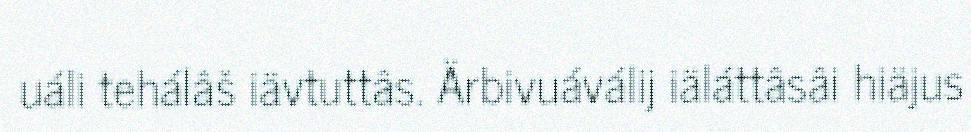
uáli tehálâš iävtuttâs. Ärbivuáválij iäláttâsâi hiäjus